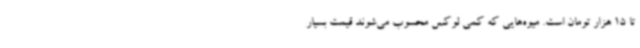
تا 15 هزار تومان است. میوه‌هایی که کمی لوکس محسوب می‌شوند قیمت بسیار